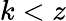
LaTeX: k<z